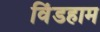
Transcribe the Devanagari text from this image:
विंडहाम